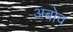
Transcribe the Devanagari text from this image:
अबोव